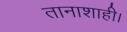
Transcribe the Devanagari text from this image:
तानाशाही।